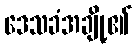
ဒေသခံအချို့၏